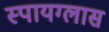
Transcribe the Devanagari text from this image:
स्पायग्लास